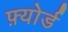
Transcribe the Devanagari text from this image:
फ़्योर्ड